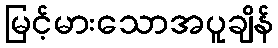
မြင့်မားသောအပူချိန်